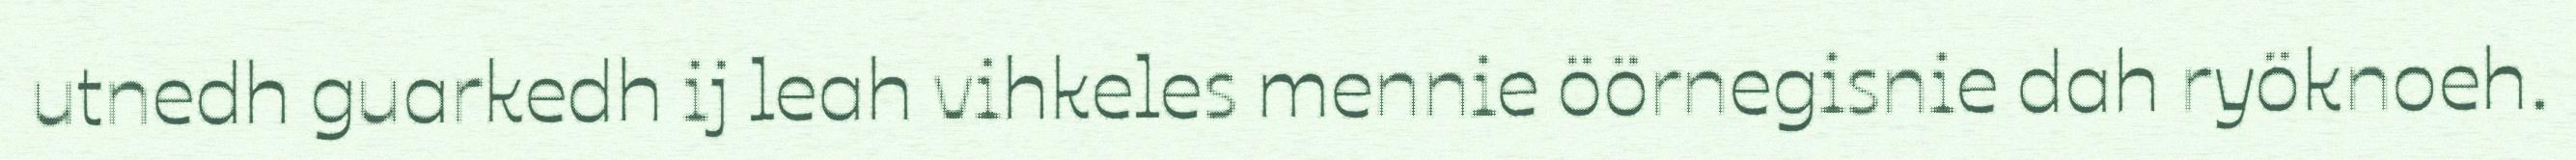
utnedh guarkedh ij leah vihkeles mennie öörnegisnie dah ryöknoeh.